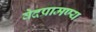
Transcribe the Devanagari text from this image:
वेदप्रामण्य